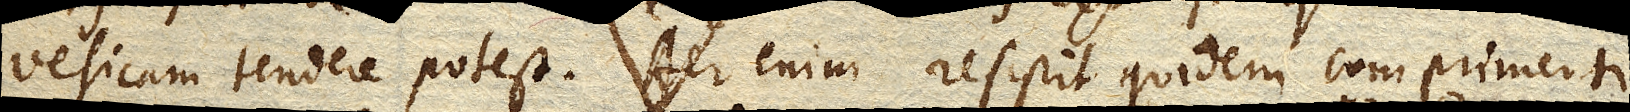
vesicam tendere potest. Aer enim resistit quidem comprimenti